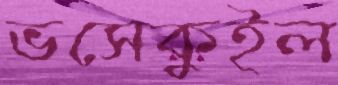
ভসেকুইল